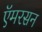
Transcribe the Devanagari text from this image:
ऍमरसन